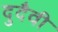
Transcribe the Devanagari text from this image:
दुदैवी